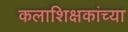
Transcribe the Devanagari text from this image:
कलाशिक्षकांच्या